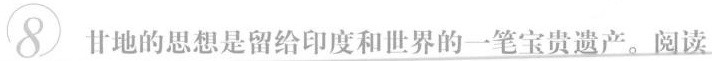
8甘地的思想是留给印度和世界的一笔宝贵遗产。阅读